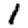
Digit: 1